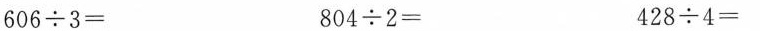
$$6 0 6 \div 3 =$$ $$8 0 4 \div 2 =$$ $$4 2 8 \div 4 =$$